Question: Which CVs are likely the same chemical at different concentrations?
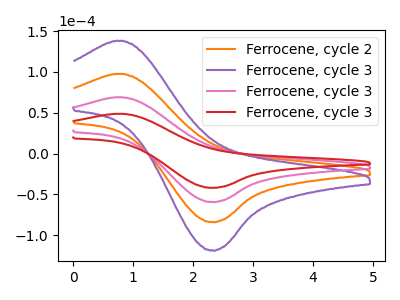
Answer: <think>The orange curve "Ferrocene, cycle 2" has an anodic peak at (0.75V, 138.15uA) and a cathodic peak at (2.30V, -118.35uA). The purple curve "Ferrocene, cycle 3" has an anodic peak at (0.75V, 207.20uA) and a cathodic peak at (2.30V, -177.50uA). The pink curve "Ferrocene, cycle 3" has an anodic peak at (0.75V, 69.05uA) and a cathodic peak at (2.30V, -59.15uA). The red curve "Ferrocene, cycle 3" has an anodic peak at (0.75V, 48.80uA) and a cathodic peak at (2.30V, -41.80uA).
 All the peaks in "Ferrocene, cycle 2" have a peak in "Ferrocene, cycle 3" at the same potential. Every peak in "Ferrocene, cycle 2" is lower than every peak in "Ferrocene, cycle 3". All the peaks in "Ferrocene, cycle 2" have a peak in "Ferrocene, cycle 3" at the same potential. Every peak in "Ferrocene, cycle 2" is higher than every peak in "Ferrocene, cycle 3". All the peaks in "Ferrocene, cycle 2" have a peak in "Ferrocene, cycle 3" at the same potential. Every peak in "Ferrocene, cycle 2" is higher than every peak in "Ferrocene, cycle 3". All the peaks in "Ferrocene, cycle 3" have a peak in "Ferrocene, cycle 3" at the same potential. Every peak in "Ferrocene, cycle 3" is higher than every peak in "Ferrocene, cycle 3". All the peaks in "Ferrocene, cycle 3" have a peak in "Ferrocene, cycle 3" at the same potential. Every peak in "Ferrocene, cycle 3" is higher than every peak in "Ferrocene, cycle 3". All the peaks in "Ferrocene, cycle 3" have a peak in "Ferrocene, cycle 3" at the same potential. Every peak in "Ferrocene, cycle 3" is higher than every peak in "Ferrocene, cycle 3".</think>
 <answer>"Ferrocene, cycle 3", "Ferrocene, cycle 2", "Ferrocene, cycle 3" and "Ferrocene, cycle 3" have the same shape and are likely CV's of the same chemical.</answer>
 <eval>"Ferrocene, cycle 3" "Ferrocene, cycle 2" "Ferrocene, cycle 3" "Ferrocene, cycle 3"</eval>